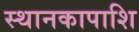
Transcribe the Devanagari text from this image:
स्थानकापाशि